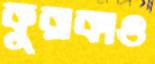
কুরাকাও